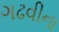
ગઢવીના